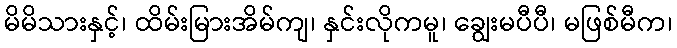
မိမိသားနှင့်၊ ထိမ်းမြားအိမ်ကျ၊ နှင်းလိုကမူ၊ ချွေးမပီပီ၊ မဖြစ်မီက၊